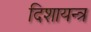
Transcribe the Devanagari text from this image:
दिशायन्त्र